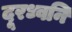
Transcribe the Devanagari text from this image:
दूरध्वनि